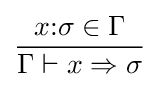
{\frac {x{\mathbin {:}}\sigma \in \Gamma }{\Gamma \vdash x\Rightarrow \sigma }}